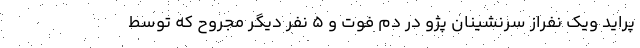
پراید ویک نفراز سرنشینان پژو در دم فوت و ۵ نفر دیگر مجروح که توسط